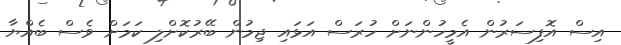
އިސް އޮފިސަރުން އެމީހުންނަށް ހުރަސް އަޅައި ޖިމުން ބޭރުކޮށްލި ކަމަށް ވެސް ބެއްޔާ